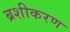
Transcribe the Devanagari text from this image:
ब्रशीकरण